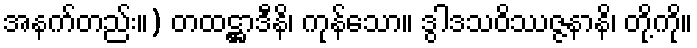
အနက်တည်း။) တထဋ္ဌာဒီနိ၊ ကုန်သော။ ဒွါဒသဝိဿဇ္ဇနာနိ၊ တို့ကို။